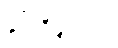
နှင့်ညီမျှသော